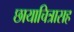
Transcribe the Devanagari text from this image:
छायाचित्रासह